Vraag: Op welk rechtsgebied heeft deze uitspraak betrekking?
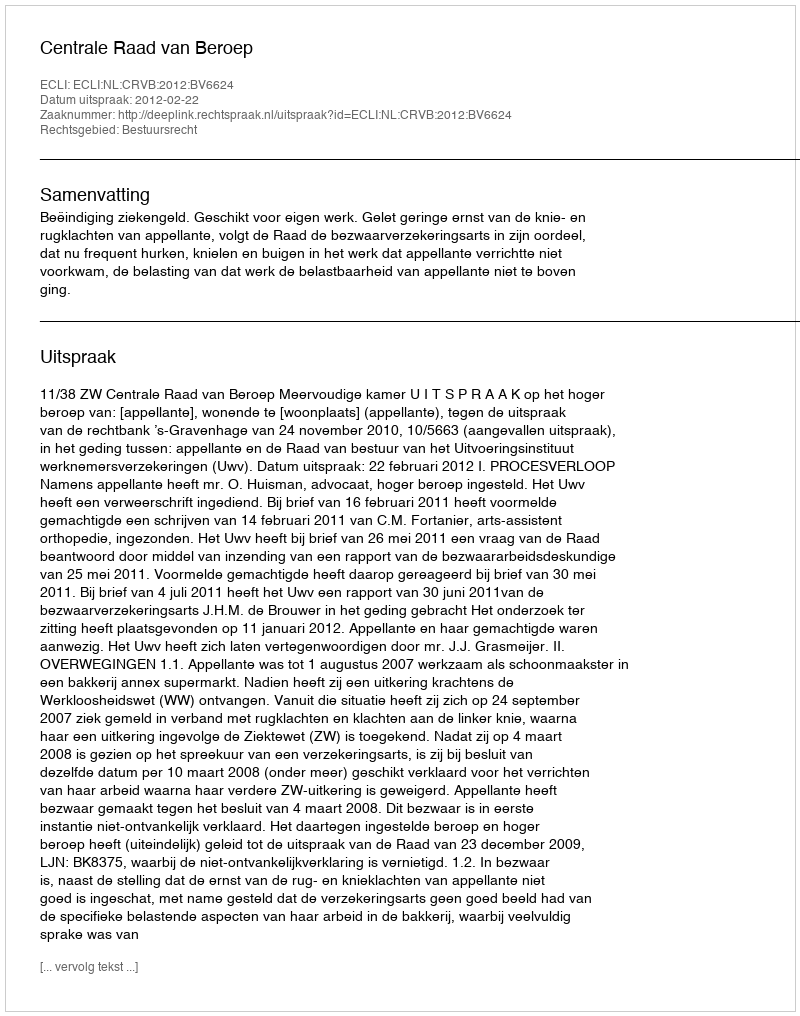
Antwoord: Bestuursrecht